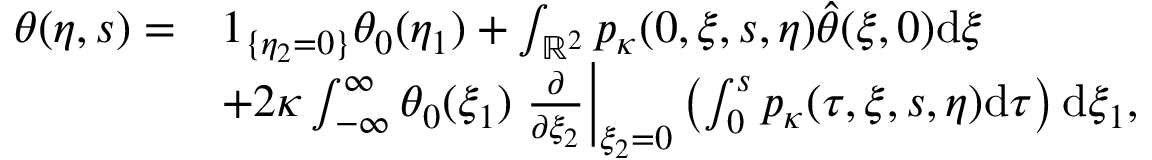
\begin{array} { r l } { \theta ( \eta , s ) = } & { 1 _ { \{ \eta _ { 2 } = 0 \} } \theta _ { 0 } ( \eta _ { 1 } ) + \int _ { \mathbb { R } ^ { 2 } } p _ { \kappa } ( 0 , \xi , s , \eta ) \hat { \theta } ( \xi , 0 ) \mathrm { d } \xi } \\ & { + 2 \kappa \int _ { - \infty } ^ { \infty } \theta _ { 0 } ( \xi _ { 1 } ) \left. \frac { \partial } { \partial \xi _ { 2 } } \right| _ { \xi _ { 2 } = 0 } \left( \int _ { 0 } ^ { s } p _ { \kappa } ( \tau , \xi , s , \eta ) \mathrm { d } \tau \right) \mathrm { d } \xi _ { 1 } , } \end{array}